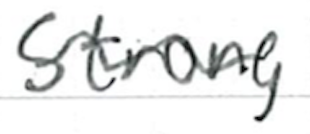
Text: strong
Cross-out: wave
Writing tool: ballpoint